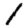
Digit: 1